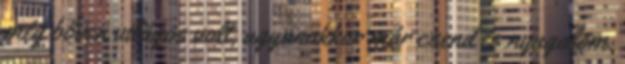
még bőven világos volt, ugyanakkor már csend és nyugalom.